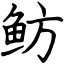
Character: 鲂